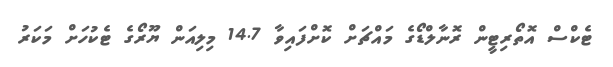
ޓެކްސް އޮތޯރިޓީން ރޮނާލްޑޯގެ މައްޗަށް ކޮށްފައިވާ 14.7 މިލިއަން ޔޫރޯގެ ޓެކުހަށް މަކަރު